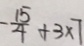
- \frac { 1 5 } { 4 } + 3 \times 7